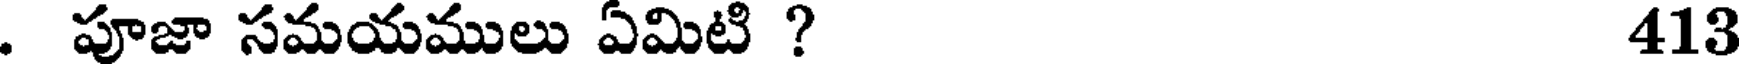
. పూజా సమయములు ఏమిటి ? 413